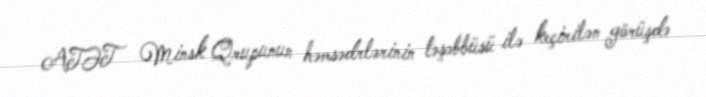
ATƏT Minsk Qrupunun həmsədrlərinin təşəbbüsü ilə keçirilən görüşdə